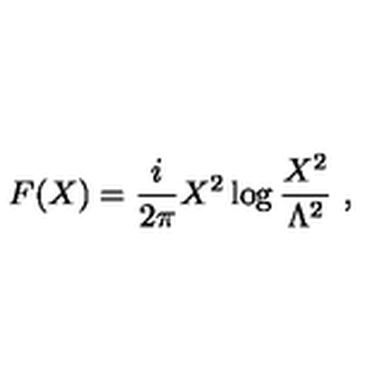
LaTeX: F ( X ) = \frac { i } { 2 \pi } X ^ { 2 } \log \frac { X ^ { 2 } } { \Lambda ^ { 2 } } \ ,